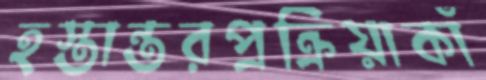
হস্তান্তরপ্রক্রিয়াকাঁ